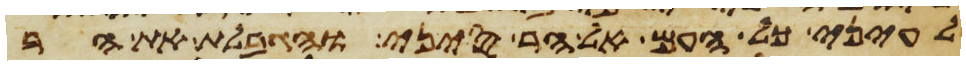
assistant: לעיני כל העם אל הר סיני והגבלת את ההר